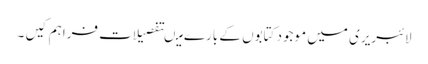
لائبریری میں موجود کتابوں کے بارے میںتفصیلات فراہم کیں ۔